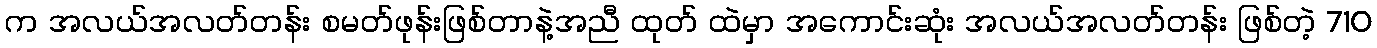
က အလယ်အလတ်တန်း စမတ်ဖုန်းဖြစ်တာနဲ့အညီ ထုတ် ထဲမှာ အကောင်းဆုံး အလယ်အလတ်တန်း ဖြစ်တဲ့ 710